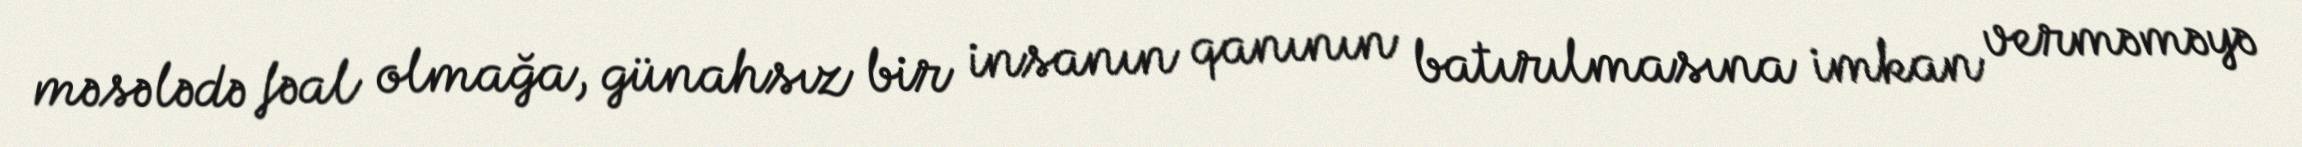
məsələdə fəal olmağa, günahsız bir insanın qanının batırılmasına imkan verməməyə